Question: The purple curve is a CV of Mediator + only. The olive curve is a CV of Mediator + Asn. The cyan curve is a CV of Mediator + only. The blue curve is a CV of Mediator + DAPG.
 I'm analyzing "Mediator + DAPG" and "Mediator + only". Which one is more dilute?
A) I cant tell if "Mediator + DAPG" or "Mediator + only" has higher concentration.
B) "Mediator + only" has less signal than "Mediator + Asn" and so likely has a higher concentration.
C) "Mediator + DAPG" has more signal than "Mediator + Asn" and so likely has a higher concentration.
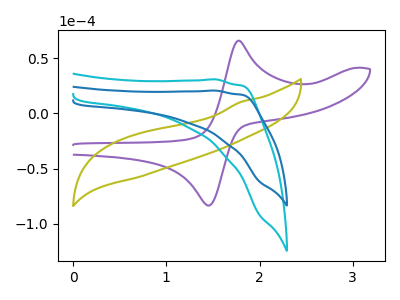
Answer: <think>The purple curve "Mediator + only" has an anodic peak at (1.80V, 66.15uA) and a cathodic peak at (1.45V, -83.55uA). The olive curve "Mediator + Asn" has no peaks. The cyan curve "Mediator + only" has no peaks. The blue curve "Mediator + DAPG" has no peaks.
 Neither "Mediator + DAPG" or "Mediator + only" have any peaks.</think>
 <answer>A) I cant tell if "Mediator + DAPG" or "Mediator + only" has higher concentration.</answer>
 <eval>A</eval>